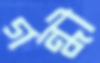
গন্ধী